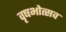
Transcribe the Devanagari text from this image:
वृषभोत्सव